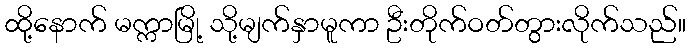
ထို့နောက် မက္ကာမြို့ သို့မျက်နှာမူကာ ဦးတိုက်ဝတ်တွားလိုက်သည်။